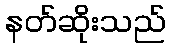
နတ်ဆိုးသည်